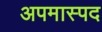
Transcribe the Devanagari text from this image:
अपमास्पद